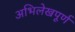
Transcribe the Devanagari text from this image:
अभिलेखपूर्ण